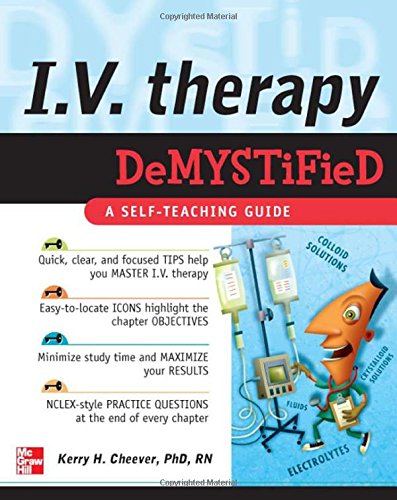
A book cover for IV Therapy Demystified: A Self-Teaching Guide; Kerry Cheever; Medical Books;